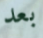
بعد